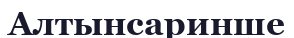
Алтынсаринше